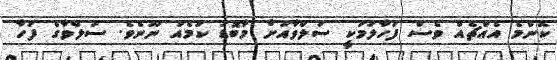
ކޮންމެ އެއްޗެއް ވެސް ފަހާލުމަކީ ސަލްވާއަށް މާބޮޑު ކަމެއް ނޫނެވެ. ސަލްވާގެ ފަހާ